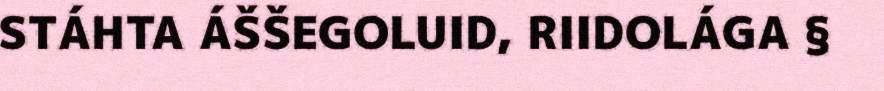
STÁHTA ÁŠŠEGOLUID, RIIDOLÁGA §